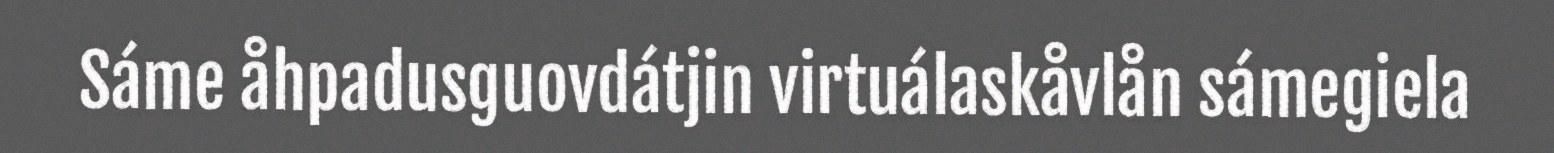
Sáme åhpadusguovdátjin virtuálaskåvlån sámegiela